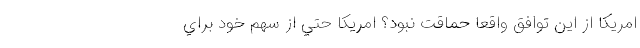
امريكا از اين توافق واقعا حماقت نبود؟ امريكا حتي از سهم خود براي